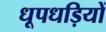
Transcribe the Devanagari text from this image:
धूपधड़ियों